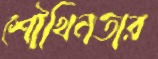
শৌখিনতার